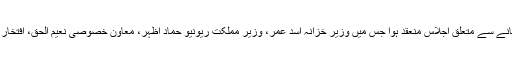
وزیراعظم عمران خان کی زیر صدارت ریونیو جمع کرنے اور ٹیکس بڑھانے سے متعلق اجلاس منعقد ہوا جس میں وزیر خزانہ اسد عمر، وزیرِ مملکت ریونیو حماد اظہر، معاون خصوصی نعیم الحق، افتخار درانی، چیئرمین ایف بی آر، چیئرمین نادرا اور دیگر حکام نے شرکت کی۔